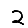
Digit: 2